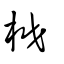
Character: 棥